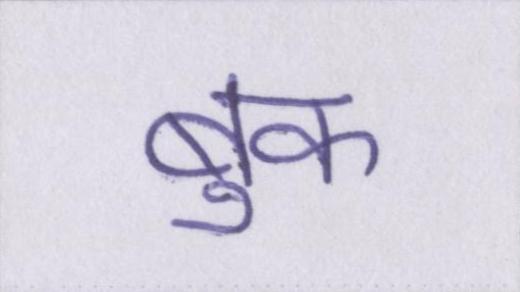
बुक